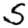
Digit: 5